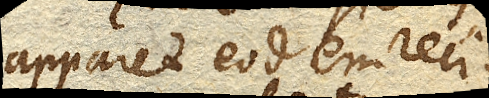
apparet eodem reci–